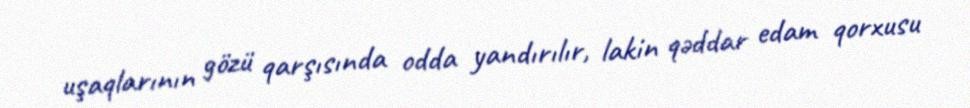
uşaqlarının gözü qarşısında odda yandırılır, lakin qəddar edam qorxusu